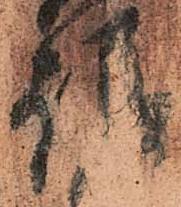
請